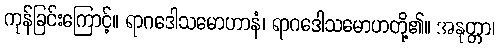
ကုန်ခြင်းကြောင့်။ ရာဂဒေါသမောဟာနံ၊ ရာဂဒေါသမောဟတို့၏။ အနုတ္တာ၊